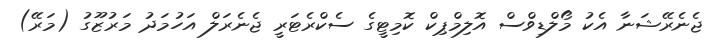
ޖެނެރޭޝަނާ އެކު މޯލްޑިވްސް އޮލިމްޕިކް ކޮމިޓީގެ ސެކްރެޓަރީ ޖެނެރަލް އަހުމަދު މަރުޒޫގު (މަރޭ)